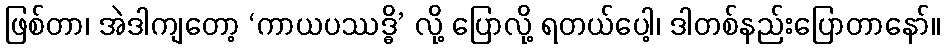
ဖြစ်တာ၊ အဲဒါကျတော့ ‘ကာယပဿဒ္ဓိ’ လို့ ပြောလို့ ရတယ်ပေါ့၊ ဒါတစ်နည်းပြောတာနော်။